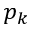
p _ { k }